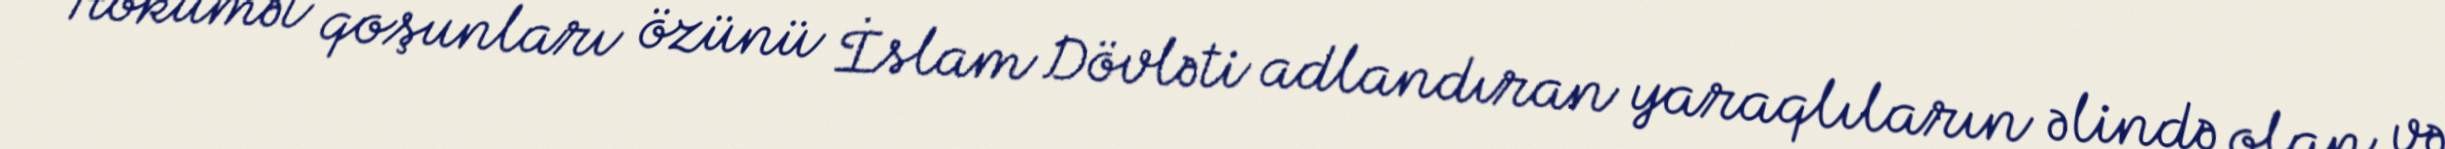
Hökumət qoşunları özünü İslam Dövləti adlandıran yaraqlıların əlində olan və